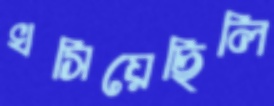
খসিয়েছিলি